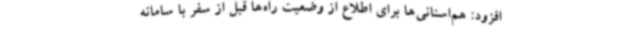
افزود: هم‌استانی‌ها برای اطلاع از وضعیت راه‌ها قبل از سفر با سامانه